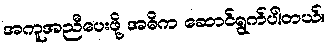
အကူအညီပေးဖို့ အဓိက ဆောင်ရွက်ပါတယ်။